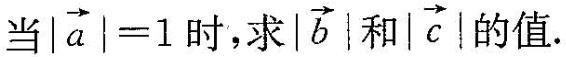
当$$| \overrightarrow{a}|=1$$ 时，求|\overrightarrow{b}|和|\overrightarrow{c}|的值.